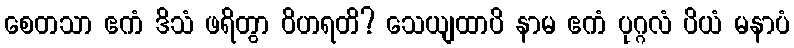
စေတသာ ဧကံ ဒိသံ ဖရိတွာ ဝိဟရတိ? သေယျထာပိ နာမ ဧကံ ပုဂ္ဂလံ ပိယံ မနာပံ